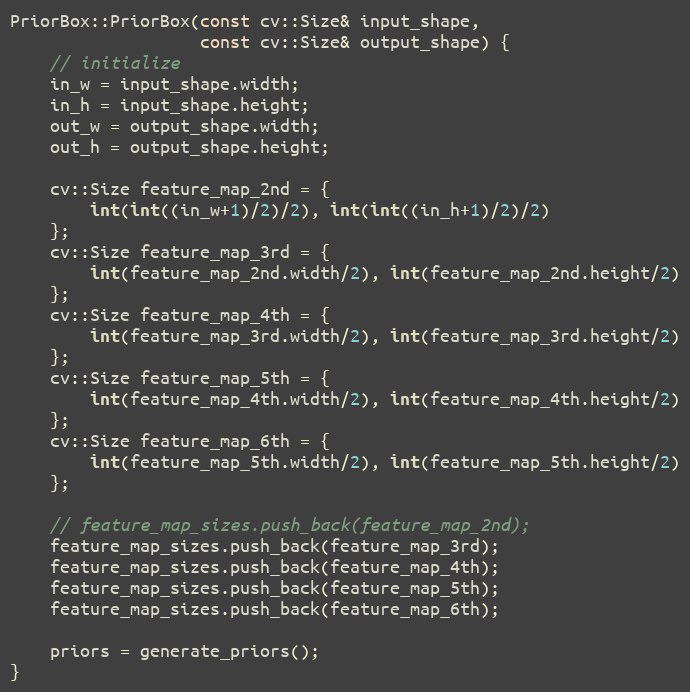
Language: C++
PriorBox::PriorBox(const cv::Size& input_shape,
                   const cv::Size& output_shape) {
    // initialize
    in_w = input_shape.width;
    in_h = input_shape.height;
    out_w = output_shape.width;
    out_h = output_shape.height;

    cv::Size feature_map_2nd = {
        int(int((in_w+1)/2)/2), int(int((in_h+1)/2)/2)
    };
    cv::Size feature_map_3rd = {
        int(feature_map_2nd.width/2), int(feature_map_2nd.height/2)
    };
    cv::Size feature_map_4th = {
        int(feature_map_3rd.width/2), int(feature_map_3rd.height/2)
    };
    cv::Size feature_map_5th = {
        int(feature_map_4th.width/2), int(feature_map_4th.height/2)
    };
    cv::Size feature_map_6th = {
        int(feature_map_5th.width/2), int(feature_map_5th.height/2)
    };

    // feature_map_sizes.push_back(feature_map_2nd);
    feature_map_sizes.push_back(feature_map_3rd);
    feature_map_sizes.push_back(feature_map_4th);
    feature_map_sizes.push_back(feature_map_5th);
    feature_map_sizes.push_back(feature_map_6th);

    priors = generate_priors();
}